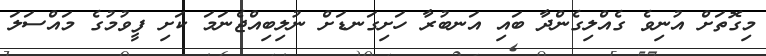
މިގޮތަށް އުނިވެ ގެއްލިގެންދާ ބައި އަނބުރާ ހަށިގަނޑަށް ނުލިބިއްޖެނަމަ ކަށި ފީވުމުގެ މައްސަލަ